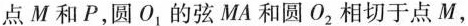
点M和P，圆O_{1}的弦MA和圆O_{2}相切于点M，